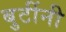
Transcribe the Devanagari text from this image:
बुटींनी